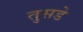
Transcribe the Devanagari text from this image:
तुसडे